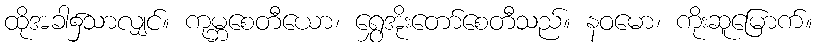
ထိုအခါ၌သာလျှင်။ ကုမ္ဘစေတီယော၊ ရွှေအိုးတော်စေတီသည်။ နဝမော၊ ကိုးဆူမြောက်။